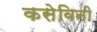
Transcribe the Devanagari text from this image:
कसेविनी